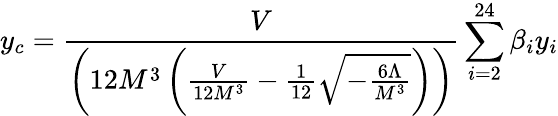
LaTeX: y_{c}=\frac{V}{\left(12M^{3}\left(\frac{V}{12M^{3}}-\frac{1}{12}\sqrt{-\frac{6\Lambda}{M^{3}}}\right)\right)}\sum_{i=2}^{24}\beta_{i}y_{i}